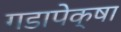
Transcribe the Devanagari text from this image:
गडापेक्षा